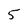
Character: 5